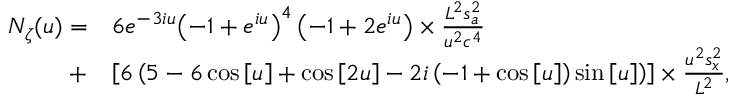
\begin{array} { r l } { { N _ { \zeta } } ( u ) = } & { 6 { e ^ { - 3 i u } } { \left( { - 1 + { e ^ { i u } } } \right) ^ { 4 } } \left( { - 1 + 2 { e ^ { i u } } } \right) \times \frac { { { L ^ { 2 } } s _ { a } ^ { 2 } } } { { { u ^ { 2 } } { c ^ { 4 } } } } } \\ { + } & { \left[ { 6 \left( { 5 - 6 \cos \left[ u \right] + \cos \left[ { 2 u } \right] - 2 i \left( { - 1 + \cos \left[ u \right] } \right) \sin \left[ u \right] } \right) } \right] \times \frac { { { u ^ { 2 } } s _ { x } ^ { 2 } } } { { { L ^ { 2 } } } } , } \end{array}